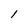
Character: l